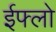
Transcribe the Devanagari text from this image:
ईफ्लो